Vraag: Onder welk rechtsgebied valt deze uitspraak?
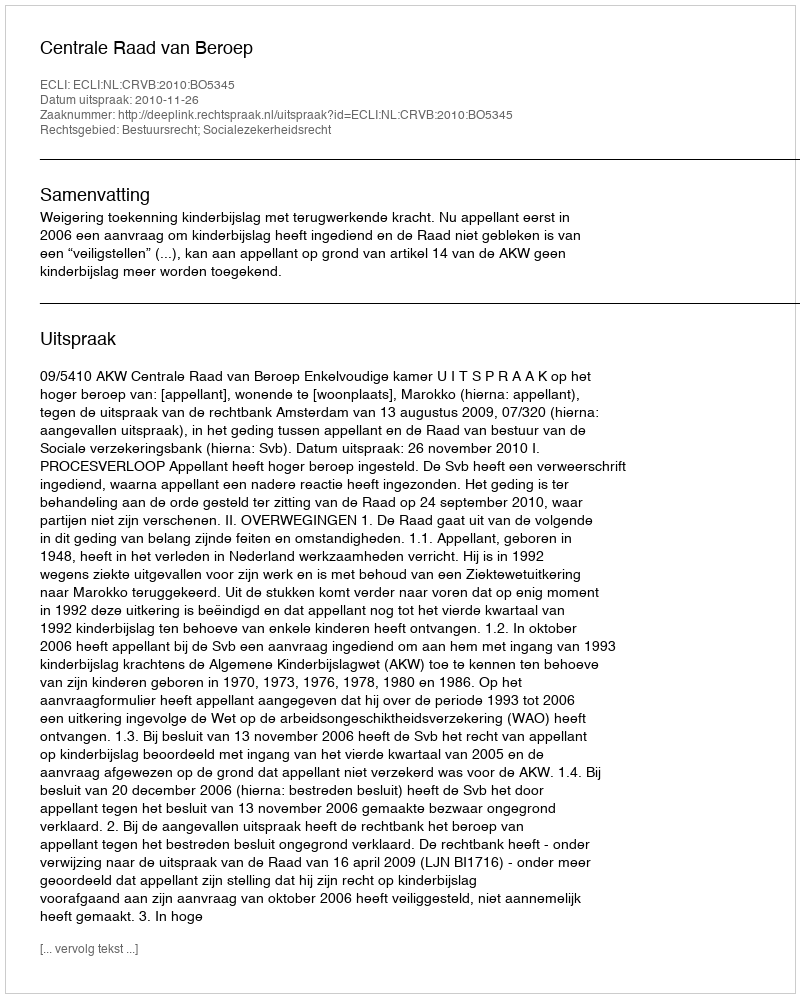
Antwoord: Bestuursrecht; Socialezekerheidsrecht